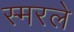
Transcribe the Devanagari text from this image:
स्मरले